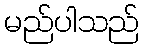
မည်ပါသည်